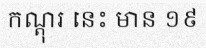
កណ្តុរ នេះ មាន ១៩